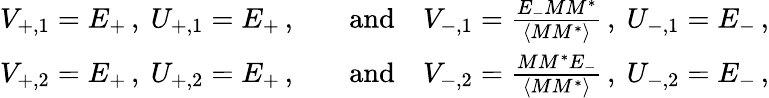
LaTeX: \begin{array}{rl}{V_{+,1}=E_{+}\, ,\ U_{+,1}=E_{+}\, ,\quad}&{\mathrm{and}\quad V_{-,1}=\frac{E_{-}MM^{*}}{\langle MM^{*}\rangle}\, ,\ U_{-,1}=E_{-}\, ,}\\ {V_{+,2}=E_{+}\, ,\ U_{+,2}=E_{+}\, ,\quad}&{\mathrm{and}\quad V_{-,2}=\frac{MM^{*}E_{-}}{\langle MM^{*}\rangle}\, ,\ U_{-,2}=E_{-}\, ,}\end{array}